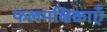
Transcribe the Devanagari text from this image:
फलमक्षिकाएँ